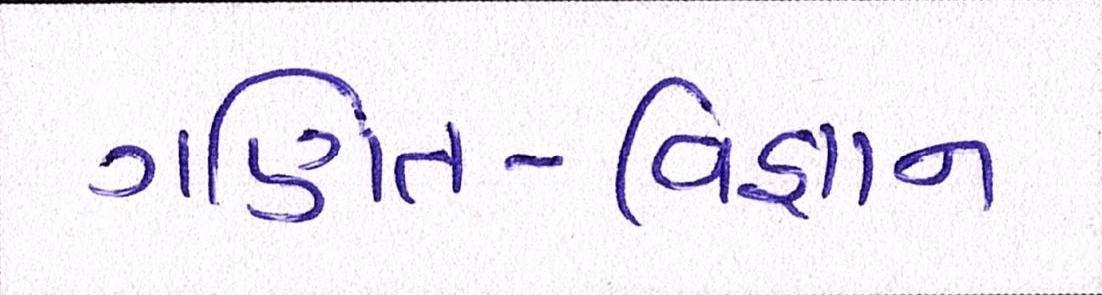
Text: ગણિત-વિજ્ઞાન